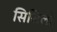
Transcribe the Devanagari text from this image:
सिसिलो